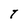
Character: T